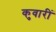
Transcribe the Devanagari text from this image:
कुवारीं